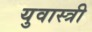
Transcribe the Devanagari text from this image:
युवास्त्री